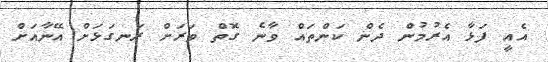
އެއީ ފަޅާ އެރުމުން ދެން ކަންތައް ވާނެ ގޮތް ވަރަށް ރަނގަޅަށް އޭނާއަށް